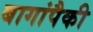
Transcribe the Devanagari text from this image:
बागांपैकी